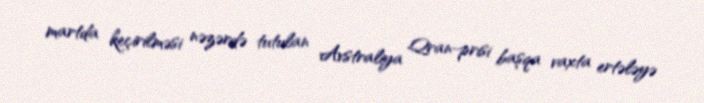
martda keçirilməsi nəzərdə tutulan Avstraliya Qran-prisi başqa vaxta ertələyə